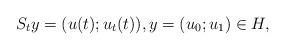
LaTeX: \begin{align*}S_ty=(u(t); u_t(t)), y=(u_0;u_1)\in H,\end{align*}